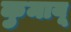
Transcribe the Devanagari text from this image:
कुमायू